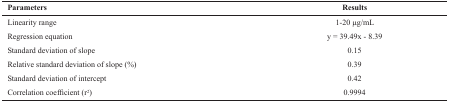
| Parameters | Results |
 | --- | --- |
 | Linearity range | 1-20 μg/mL |
 | Regression equation | y = 39.49x - 8.39 |
 | Standard deviation of slope | 0.15 |
 | Relative standard deviation of slope (%) | 0.39 |
 | Standard deviation of intercept | 0.42 |
 | Correlation coefficient (r2) | 0.9994 |